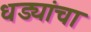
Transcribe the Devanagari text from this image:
धड्यांचा